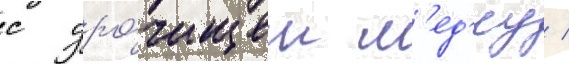
с уро́чищем м'ед'еу /